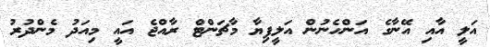
އަލީ އާއި އޭނާގެ އަންހެނުން އަލީފިޔާ މާޗަންޓް ރާއްޖެ އައީ މިއަދު މެންދުރު